Vaccine operations Central Provinces 1900-1911 - 1900-1911
Year: 1900
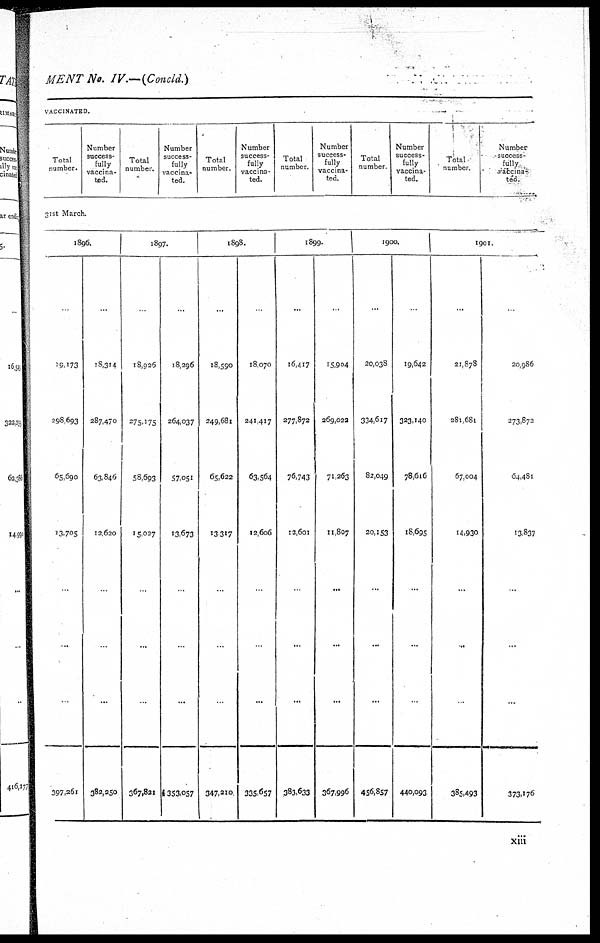
MENT No. IV.—(Concld.)
VACCINATED.
Total
number.
Number
success-
fully
vaccina-
ted.
Total
number.
Number
success-
fully
vaccina-
ted.
Total
number.
Number
success-
fully
vaccina-
ted.
Total
number.
Number
success-
fully
vaccina-
ted.
Total
number.
Number
success-
fully
vaccina-
ted.
Total
number.
Number
success-
fully.
vaccina
ted
31st March.
1896.
19,173
298,693
65,690
13,705
.
...
397,261
...
18,314
287,470
63,846
12,620
...
382,250
1897.
18,926
275,175
58,693
15,027
.
...
...
367,821
...
18,296
264,037
57,051
13,673
.
...
...
353,057
1898.
...
18,590
249,681
65,622
13,317
...
.
...
347,210
.
18,070
241,417
63,564
12,606
.
.
...
335,657
1899.
...
16,417
277,872
76,743
12,601
..
...
...
383,633
..
15,904
269,022
71,263
11,807
...
...
...
367,996
1900.
...
20,038
334,617
82,049
20,153
...
...
...
456,857
..
19,642
323,140
78,616
18,695
...
...
...
440,093
1901.
...
21,878
281,681
67,004
14,930
...
..
.
385,493
20,986
273,872
64,481
13,837
...
...
...
373,176
xiii